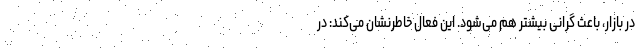
در بازار، باعث گرانی بیشتر هم می‌شود. این فعال خاطرنشان می‌کند: در